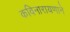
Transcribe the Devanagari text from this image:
कविनारायणाने